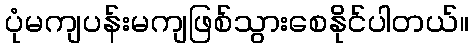
ပုံမကျပန်းမကျဖြစ်သွားစေနိုင်ပါတယ်။